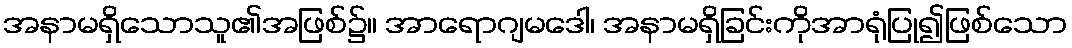
အနာမရှိသောသူ၏အဖြစ်၌။ အာရောဂျမဒေါ၊ အနာမရှိခြင်းကိုအာရုံပြု၍ဖြစ်သော